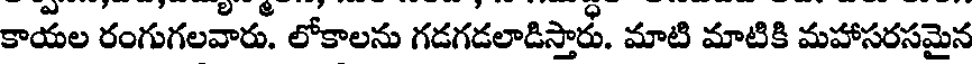
కాయల రంగుగలవారు. లోకాలను గడగడలాడిస్తారు. మాటి మాటికి మహాసరసమైన